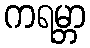
ကရမ္ဘာ